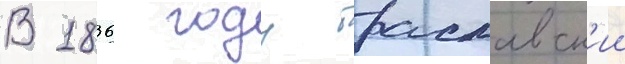
В 1836 году браславск'ии